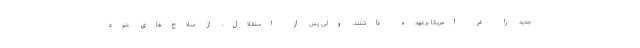
جدید را در آمریکا برعهده داشتند، ولی پس از استقلال، از سلاح‌های خود